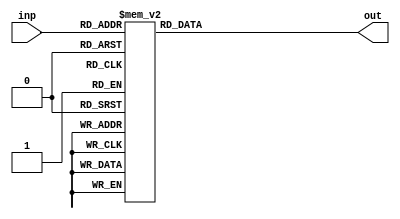
module SSD(inp ,out);
input[3:0] inp;
output reg[6:0] out;

parameter _0 = 7'h40;
parameter _1 = 7'h79;
parameter _2 = 7'h24;
parameter _3 = 7'h30;
parameter _4 = 7'h19;
parameter _5 = 7'h12;
parameter _6 = 7'h02;
parameter _7 = 7'h78;
parameter _8 = 7'h00;
parameter _9 = 7'h10;
parameter _a = 7'h08;
parameter _b = 7'h03;
parameter _c = 7'h46;
parameter _d = 7'h21;
parameter _e = 7'h06;
parameter _f = 7'h0e;

always @(inp) begin
    out = 0;
    case (inp)
        0: out = _0; 
        1: out = _1; 
        2: out = _2; 
        3: out = _3; 
        4: out = _4; 
        5: out = _5; 
        6: out = _6; 
        7: out = _7; 
        8: out = _8; 
        9: out = _9; 
        10: out = _a; 
        11: out = _b; 
        12: out = _c; 
        13: out = _d; 
        14: out = _e; 
        15: out = _f; 
        default: out = 7'bx;
    endcase
end
endmodule